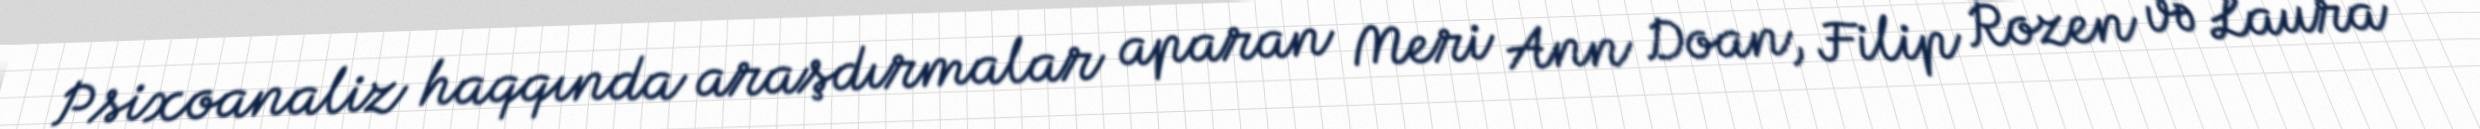
Psixoanaliz haqqında araşdırmalar aparan Meri Ann Doan, Filip Rozen və Laura